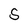
Character: S